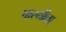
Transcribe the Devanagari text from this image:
पारमीता